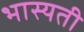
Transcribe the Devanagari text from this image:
भास्यती